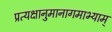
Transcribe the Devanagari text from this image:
प्रत्यक्षानुमानागमाभ्याम्